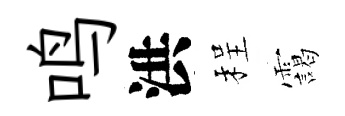
鸣洪程靄